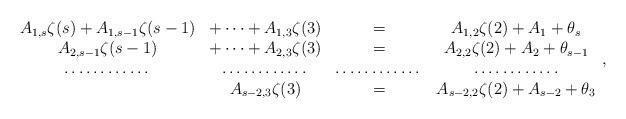
LaTeX: \begin{align*}\begin{array}{ccccc}A_{1, s}\zeta(s)+A_{1, s-1}\zeta(s-1)&+\dots+A_{1, 3}\zeta(3)&=&A_{1, 2}\zeta(2)+ A_1 +\theta_s\\A_{2, s-1}\zeta(s-1)&+\dots+A_{2, 3}\zeta(3)&=&A_{2, 2}\zeta(2)+ A_2+\theta_{s-1}\\\dots\dots\dots\dots&\dots\dots\dots\dots&\dots\dots\dots\dots&\dots\dots\dots\dots\\&A_{s-2, 3}\zeta(3)&=&A_{s-2, 2}\zeta(2)+ A_{s-2}+\theta_{3}\\\end{array},\end{align*}